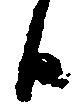
候